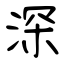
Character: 深